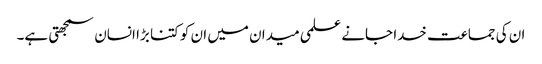
ان کی جماعت خدا جانے علمی میدان میں ان کو کتنا بڑا انسان سمجھتی ہے۔